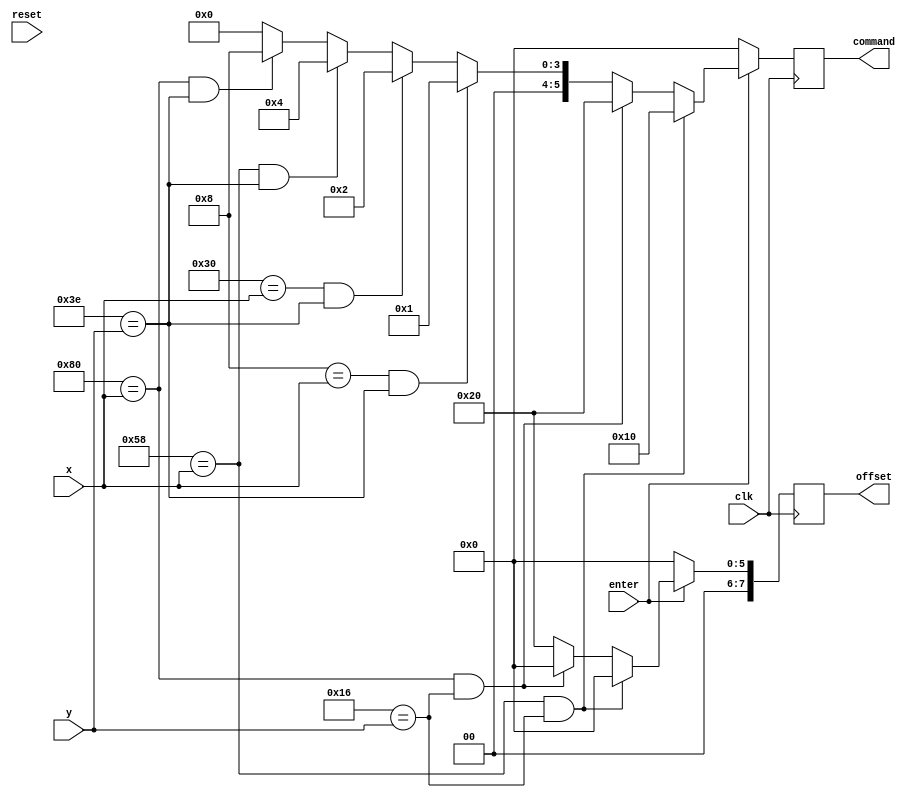
module commandFilter(clk, reset, command, offset, x, y, enter);
		output reg [5:0] command;
		output reg [7:0] offset;
		input clk, reset, enter;
		input [9:0] x;
		input [8:0] y;
		
		parameter OFF_SET = 8'b00100000;
		
		
		always@(posedge clk)
		if(enter) begin
			if(88 == x & 22 == y) begin
			command <= 6'b010000;
			offset <= 8'b00000000; 
			end
			else if(128 == x & 22 == y) begin
			command <= 6'b100000;
			offset <= 8'b00000000;
			end
			else if(8 == x & 62 == y) begin
			command <= 6'b000001;
			offset <= OFF_SET;
			end
			else if(48 == x & 62 == y) begin
			command <= 6'b000010;
			offset <= OFF_SET;
			end
			else if(88 == x & 62 == y) begin
			command <= 6'b000100;
			offset <= OFF_SET;
			end
			else if(128 == x & 62 == y) begin 
			command <= 6'b001000;
			offset <= OFF_SET;
			end
			else begin
			command <= 6'b000000;
			offset <= OFF_SET;
			end
		end
		else begin
		command <= 6'b000000;
		offset <= 8'b00000000;
		end
endmodule